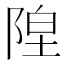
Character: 𬯇